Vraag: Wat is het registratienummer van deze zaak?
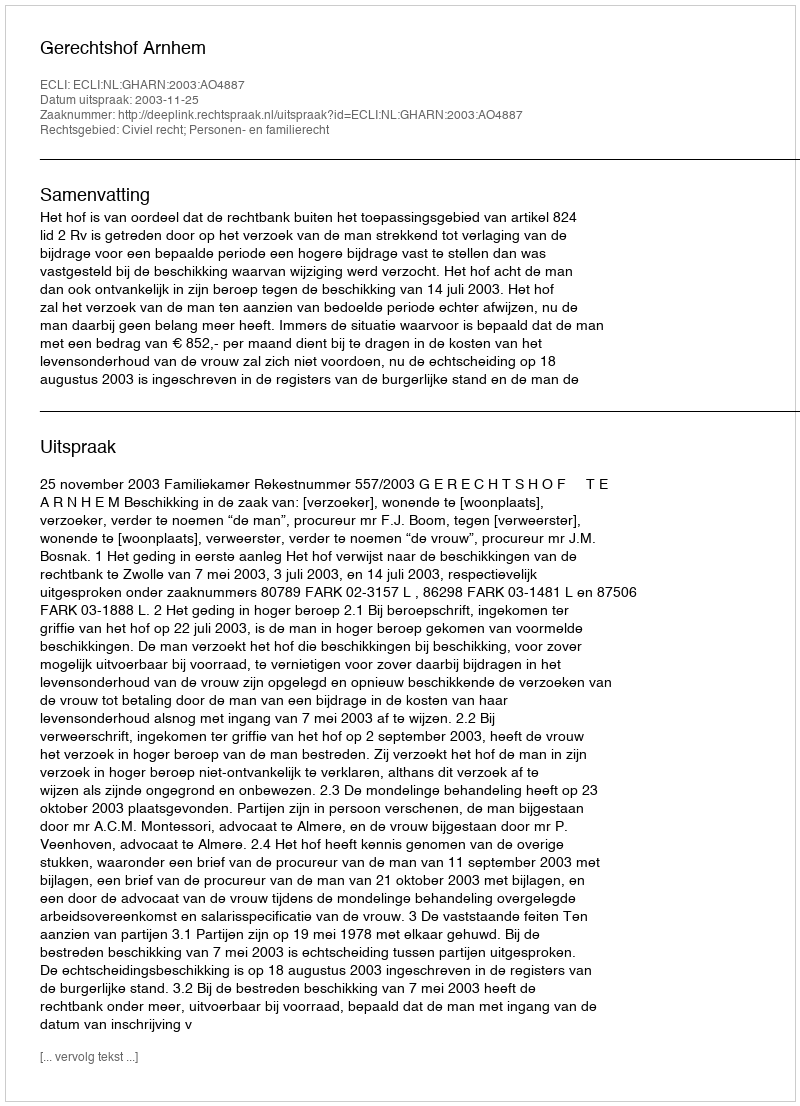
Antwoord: http://deeplink.rechtspraak.nl/uitspraak?id=ECLI:NL:GHARN:2003:AO4887